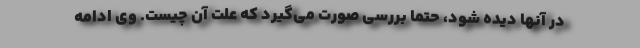
در آنها دیده شود، حتماً بررسی صورت می‌گیرد که علت آن چیست. وی ادامه